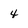
Character: 4